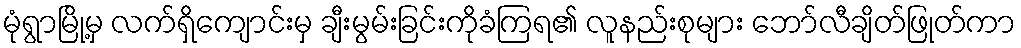
မုံရွာမြို့မှ လက်ရှိကျောင်းမှ ချီးမွမ်းခြင်းကိုခံကြရ၏ လူနည်းစုများ ဘော်လီချိတ်ဖြုတ်ကာ